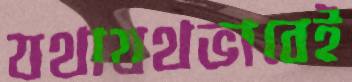
যথাযথভাবেই